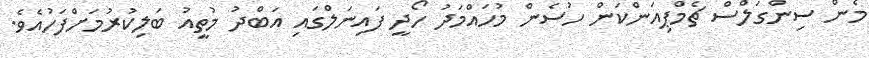
މެން ސިންގަލްސް ޗެމްޕިއަންކަން ހުސެން މުހައްމަދު ހޯދީ ފައިނަލްގައި އަބްދު މުތީއު ބަލިކުރުމަށްފަހުއެވެ.